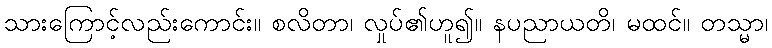
သားကြောင့်လည်းကောင်း။ စလိတာ၊ လှုပ်၏ဟူ၍။ နပညာယတိ၊ မထင်။ တသ္မာ၊